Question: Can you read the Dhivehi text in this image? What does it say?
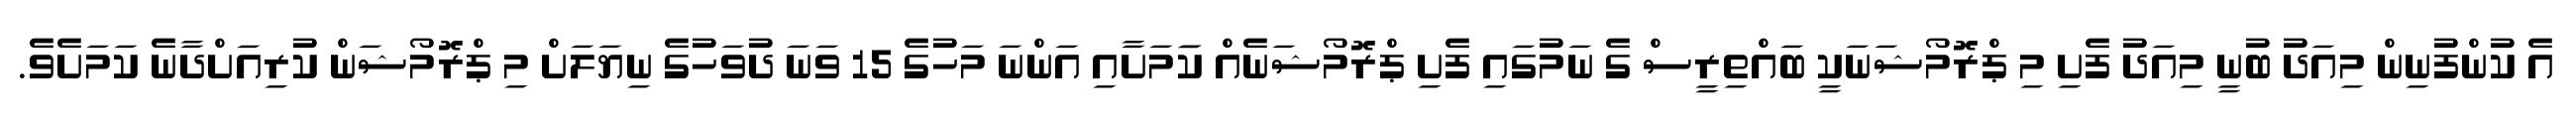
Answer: އެ ކުންފުނިން މިއަދު ބުނީ މިއަދު ފެށި މި ޕްރޮމޯޝަނަކީ ބައްތިރީސް ގެ ނަމުގައި ފެށި ޕްރޮމޯޝަނެއް ކަަމަށާއި އަންނަ މަހުގެ 15 ވަނަ ދުވަހުގެ ނިޔަލަށް މި ޕްރޮމޯޝަން ކުރިއަށްދާނެ ކަމަށެވެ.